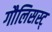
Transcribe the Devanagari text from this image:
गौलिसस्ट्